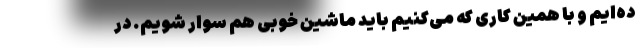
ده‌ایم و با همین کاری که می‌کنیم باید ماشین خوبی هم سوار شویم. در